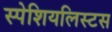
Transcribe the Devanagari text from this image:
स्पेशियलिस्टस